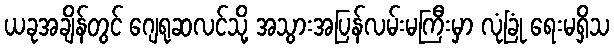
ယခုအချိန်တွင် ဂျေရုဆလင်သို့ အသွားအပြန်လမ်းမကြီးမှာ လုံခြုံ ရေးမရှိသ